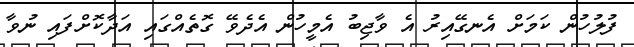
ފުލުހުން ކަމަށް އެނގޭއިރު އެ ވާޖިބު އެމީހުން އެދެވޭ ގޮތެއްގައި އަދާކޮށްފައި ނުވާ